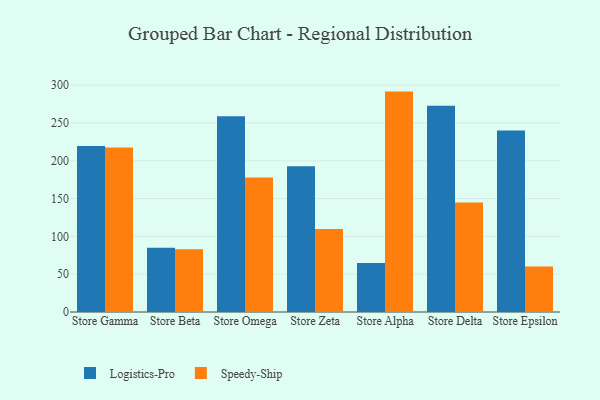
{"axis": {"x": "Store", "y": "Energy Usage (MWh)"}, "legend": ["Logistics-Pro", "Speedy-Ship"], "data": [{"x": "Store Gamma", "y": 219.4, "type": "Logistics-Pro"}, {"x": "Store Gamma", "y": 217.6, "type": "Speedy-Ship"}, {"x": "Store Beta", "y": 85.0, "type": "Logistics-Pro"}, {"x": "Store Beta", "y": 83.1, "type": "Speedy-Ship"}, {"x": "Store Omega", "y": 259.0, "type": "Logistics-Pro"}, {"x": "Store Omega", "y": 177.9, "type": "Speedy-Ship"}, {"x": "Store Zeta", "y": 192.8, "type": "Logistics-Pro"}, {"x": "Store Zeta", "y": 109.7, "type": "Speedy-Ship"}, {"x": "Store Alpha", "y": 64.9, "type": "Logistics-Pro"}, {"x": "Store Alpha", "y": 291.5, "type": "Speedy-Ship"}, {"x": "Store Delta", "y": 272.8, "type": "Logistics-Pro"}, {"x": "Store Delta", "y": 144.9, "type": "Speedy-Ship"}, {"x": "Store Epsilon", "y": 240.2, "type": "Logistics-Pro"}, {"x": "Store Epsilon", "y": 60.2, "type": "Speedy-Ship"}]}